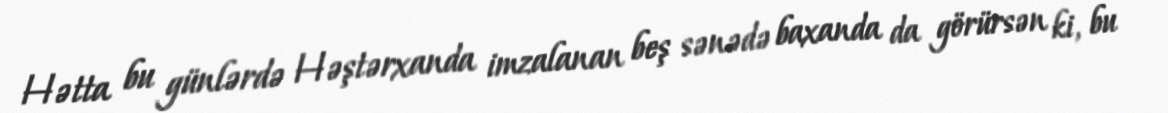
Hətta bu günlərdə Həştərxanda imzalanan beş sənədə baxanda da görürsən ki, bu